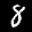
Label: 8